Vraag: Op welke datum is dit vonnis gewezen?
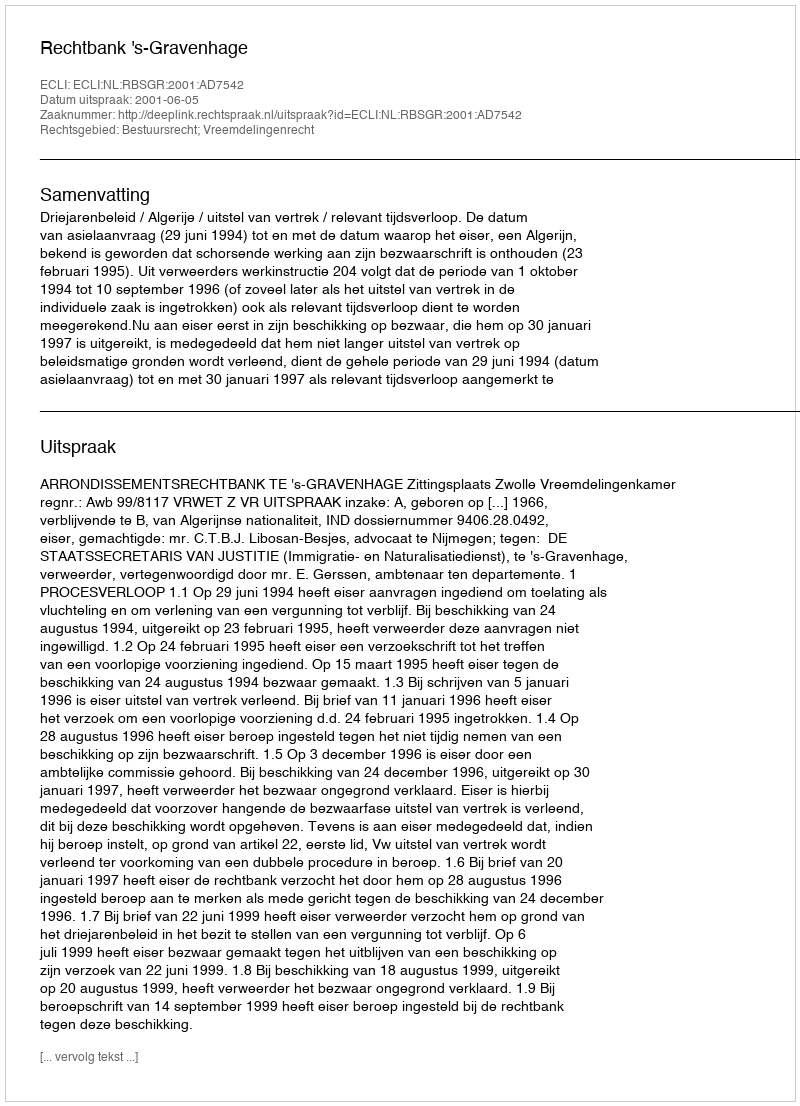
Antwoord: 2001-06-05